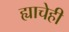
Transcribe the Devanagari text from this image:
ह्याचेही